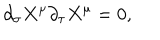
LaTeX: \partial _ { \sigma } X ^ { \mu } \partial _ { \tau } X ^ { \mu } = 0 ,